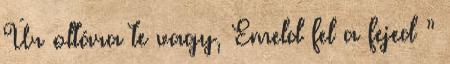
Úr oltára te vagy, Emeld fel a fejed ”